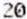
20